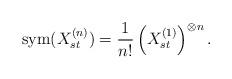
LaTeX: \begin{align*} \textrm{sym}(X_{st}^{(n)}) = \frac{1}{n!} \left( X_{st}^{(1)} \right)^{\otimes n}.\end{align*}